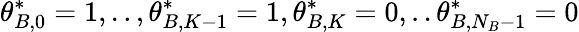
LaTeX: \theta_{B,0}^{*}=1,..,\theta_{B,K-1}^{*}=1,\theta_{B,K}^{*}=0,..\theta_{B,N_{B}-1}^{*}=0